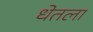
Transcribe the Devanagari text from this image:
धेतला